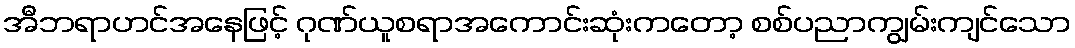
အီဘရာဟင်အနေဖြင့် ဂုဏ်ယူစရာအကောင်းဆုံးကတော့ စစ်ပညာကျွမ်းကျင်သော